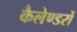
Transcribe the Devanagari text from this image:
कैलेण्डरों